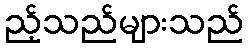
ည့်သည်များသည်